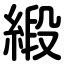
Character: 緞